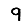
Digit: 9